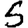
Digit: 5